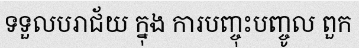
ទទួលបរាជ័យ ក្នុង ការបញ្ចុះបញ្ចូល ពួក